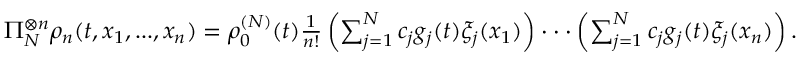
\begin{array} { r } { \Pi _ { N } ^ { \otimes n } \rho _ { n } ( t , x _ { 1 } , . . . , x _ { n } ) = \rho _ { 0 } ^ { ( N ) } ( t ) \frac { 1 } { n ! } \left( \sum _ { j = 1 } ^ { N } c _ { j } g _ { j } ( t ) \xi _ { j } ( x _ { 1 } ) \right) \cdot \cdot \cdot \left( \sum _ { j = 1 } ^ { N } c _ { j } g _ { j } ( t ) \xi _ { j } ( x _ { n } ) \right) . } \end{array}